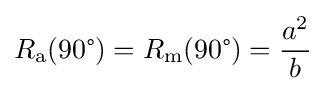
R_{\text{a}}(90{\text{°}})=R_{\text{m}}(90{\text{°}})={\frac {a^{2}}{b}}